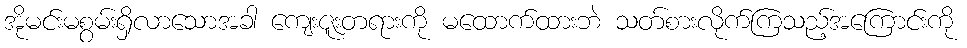
အိုမင်းမစွမ်းရှိလာသောအခါ ကျေးဇူးတရားကို မထောက်ထားဘဲ သတ်စားလိုက်ကြသည့်အကြောင်းကို